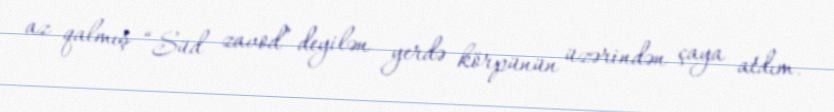
az qalmış “Süd zavod” deyilən yerdə körpünün üzərindən çaya atdım.